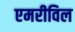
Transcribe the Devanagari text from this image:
एमरीविल